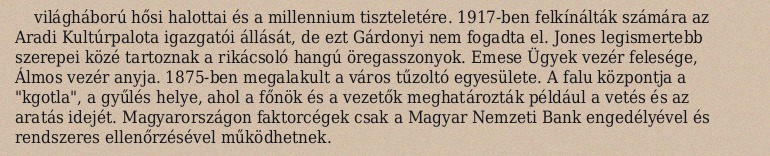
világháború hősi halottai és a millennium tiszteletére. 1917-ben felkínálták számára az Aradi Kultúrpalota igazgatói állását, de ezt Gárdonyi nem fogadta el. Jones legismertebb szerepei közé tartoznak a rikácsoló hangú öregasszonyok. Emese Ügyek vezér felesége, Álmos vezér anyja. 1875-ben megalakult a város tűzoltó egyesülete. A falu központja a "kgotla", a gyűlés helye, ahol a főnök és a vezetők meghatározták például a vetés és az aratás idejét. Magyarországon faktorcégek csak a Magyar Nemzeti Bank engedélyével és rendszeres ellenőrzésével működhetnek.